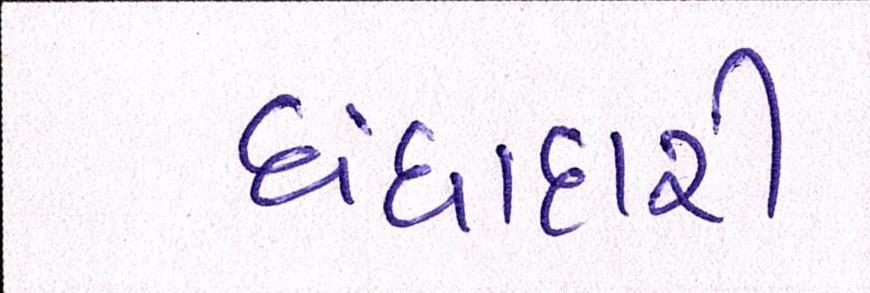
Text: ધંધાદારી